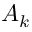
A _ { k }